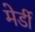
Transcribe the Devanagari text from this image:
मेर्डी